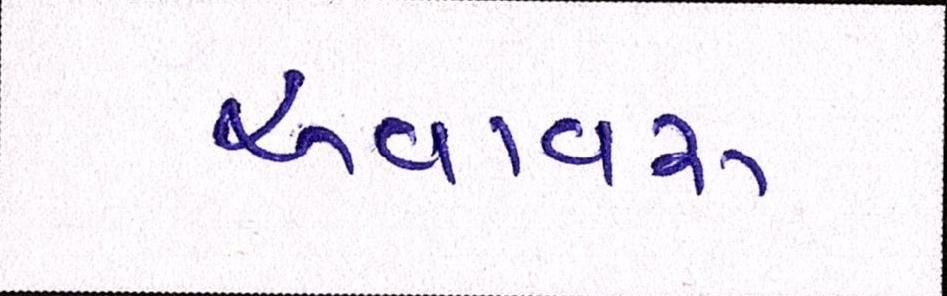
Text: અવાવરૂ